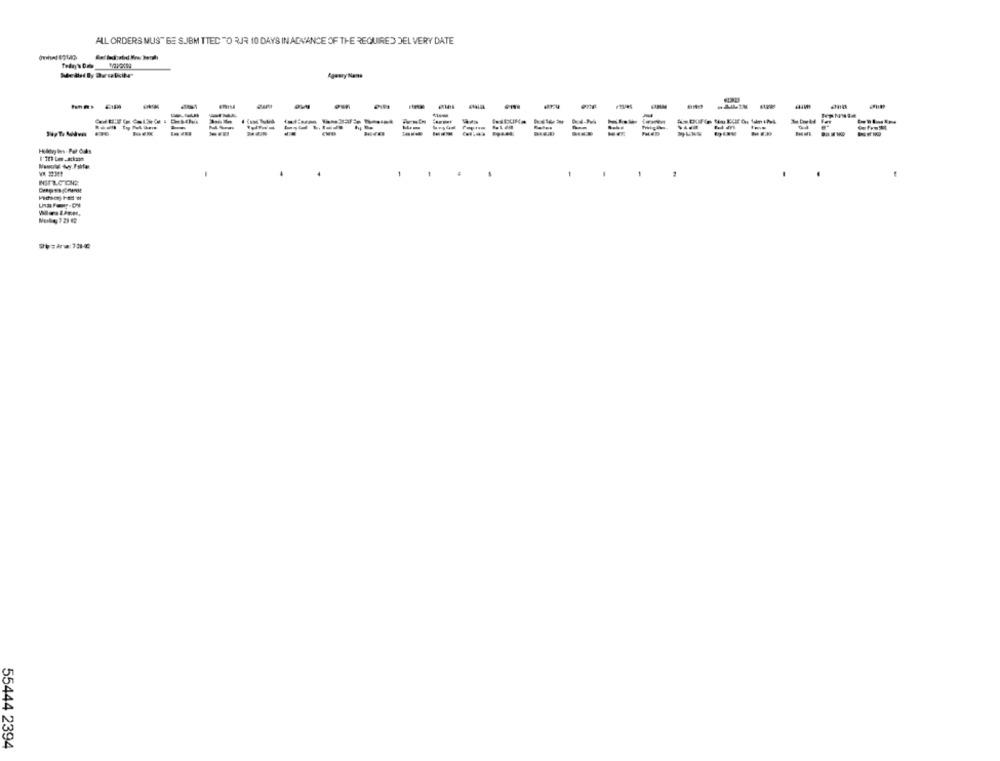
ALL ORDERS MUST BE S.JBM TTED TO RJR 10 DAYS IN ADVANCE OF THE REQUIRED DEL VERY DATE
ERISE
-
Fer
I'12 Lee Jackson
55444 2394